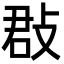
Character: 㪊